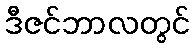
ဒီဇင်ဘာလတွင်